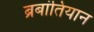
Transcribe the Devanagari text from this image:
ब्रबांतियान